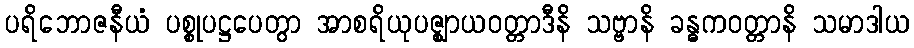
ပရိဘောဇနီယံ ပစ္စုပဋ္ဌပေတွာ အာစရိယုပဇ္ဈာယဝတ္တာဒီနိ သဗ္ဗာနိ ခန္ဓကဝတ္တာနိ သမာဒါယ